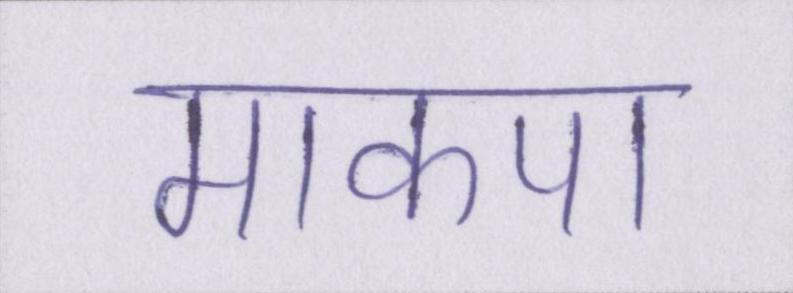
माकपा